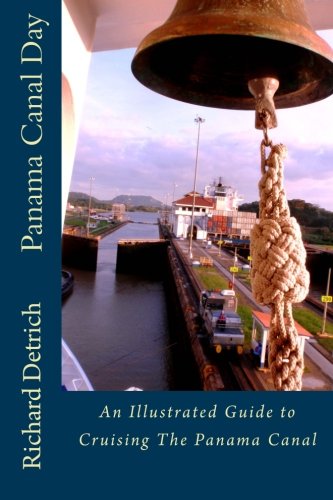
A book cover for Panama Canal Day: An Illustrated Guide to Cruising The Panama Canal; Richard Detrich; Travel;